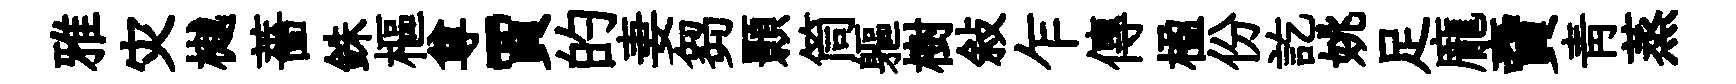
雅灾樾薔銖樞尊賈的妻芻顥筒軀樹敍乍傳楹份訖姚足龐𧶠青蒸